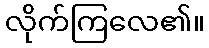
လိုက်ကြလေ၏။